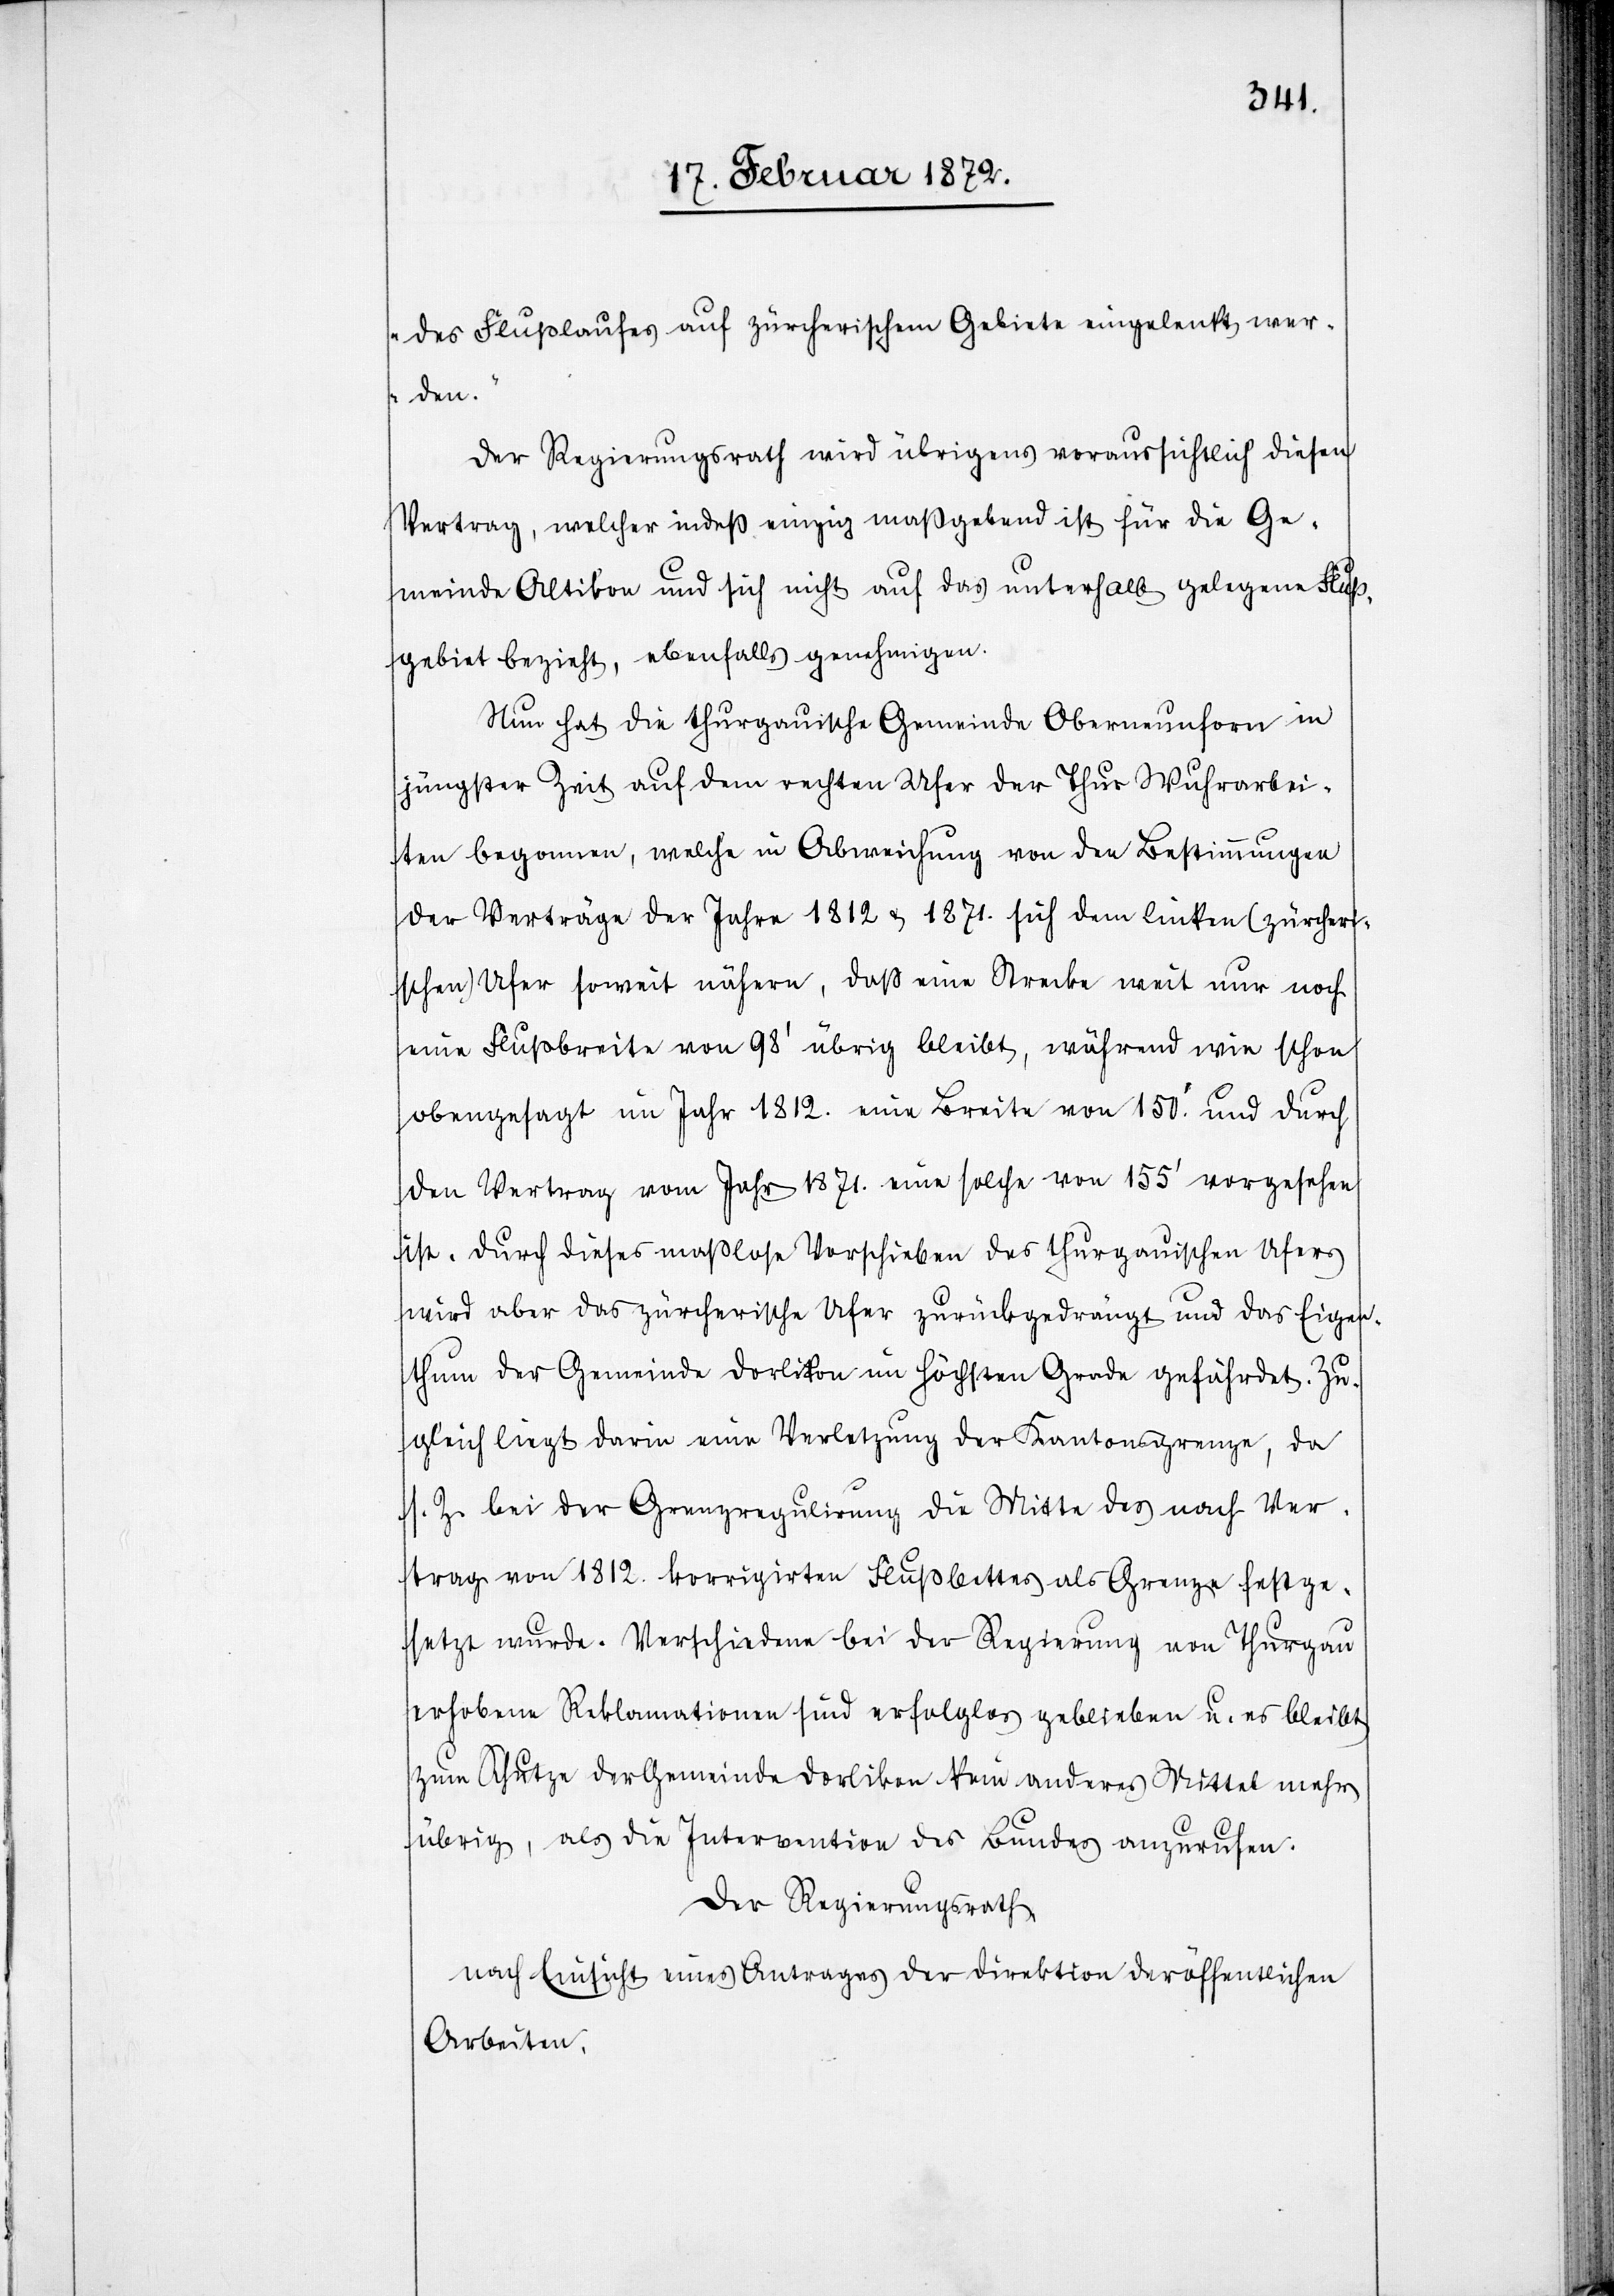
Flußlaufes auf zürcherischem Gebiete eingelenkt wer¬
den.“
Der Regierungsrath wird übrigens voraussichtlich diesen
Vertrag, welcher indeß einzig maßgebend ist für die Ge¬
meinde Altikon und sich nicht auf das unterhalb gelegene Fluß¬
gebiet bezieht, ebenfalls genehmigen.
Nun hat die thurgauische Gemeinde Oberneunforn in
jüngster Zeit auf dem rechten Ufer der Thur Wuhrarbei¬
ten begonnen, welche in Abweichung von den Bestimmungen
der Verträge der Jahre 1812 & 1871. sich dem linken (zürcheri¬
schen) Ufer soweit nähern, daß eine Strecke weit nur noch
eine Fußbreite von 98’ übrig bleibt, während wie schon
obengesagt im Jahr 1812. eine Breite vom 150’. und durch
den Vertrag vom Jahr 1871. eine solche von 155’ vorgesehen
ist. Durch dieses maßlose Vorschieben des thurgauischen Ufers
wird aber das zürcherische Ufer zurückgedrängt und das Eigen¬
thum der Gemeinde Dorlikon im höchsten Grade gefährdet. Zu¬
gleich liegt darin eine Verletzung der Kantonsgrenze, da
s. Z. bei der Grenzregulirung die Mitte des nach Ver¬
trag von 1812. korrigirten Flußbettes als Grenze festge¬
setzt wurde. Verschiedene bei der Regierung von Thurgau
erhobene Reklamationen sind erfolglos geblieben u. es bleibt
zum Schutze der Gemeinde Dorlikon kein anderes Mittel mehr
übrig, als die Intervention des Bundes anzurufen.
Der Regierungsrath,
nach Einsicht eines Antrages der Direktion der öffentlichen
Arbeiten,